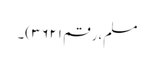
مسلم، رقم ۳۶۲۱)۔